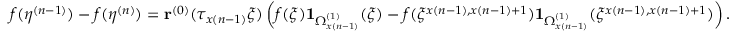
\begin{array} { r } { f ( \eta ^ { ( n - 1 ) } ) - f ( \eta ^ { ( n ) } ) = \mathbf { r } ^ { ( 0 ) } ( \tau _ { x ( n - 1 ) } \xi ) \left( f ( \xi ) \mathbf { 1 } _ { \Omega _ { x ( n - 1 ) } ^ { ( 1 ) } } ( \xi ) - f ( \xi ^ { x ( n - 1 ) , x ( n - 1 ) + 1 } ) \mathbf { 1 } _ { \Omega _ { x ( n - 1 ) } ^ { ( 1 ) } } ( \xi ^ { x ( n - 1 ) , x ( n - 1 ) + 1 } ) \right) . } \end{array}